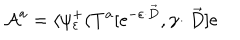
LaTeX: { \cal A } ^ { a } = \langle \psi _ { \varepsilon } ^ { + } ( T ^ { a } [ \mathrm { e } ^ { - \varepsilon \cdot \stackrel { \rightarrow } { D } } , \gamma \cdot \stackrel { \rightarrow } { D } ] \mathrm { e }